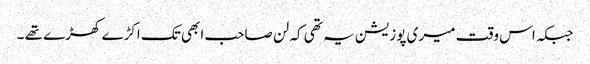
جبکہ اس وقت میری پوزیشن یہ تھی کہ لن صاحب ابھی تک اکڑے کھڑے تھے ۔